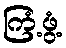
ကြံ့ဖွံ့